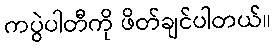
ကပွဲပါတီကို ဖိတ်ချင်ပါတယ်။